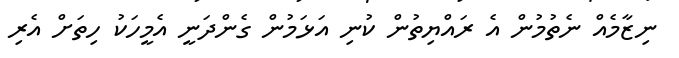
ނިޒާމެއް ނެތުމުން އެ ރައްޔިތުން ކުނި އަޅަމުން ގެންދަނީ އެމީހަކު ހިތަށް އެރި